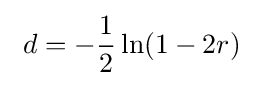
\ d=-{\frac {1}{2}}\ln(1-2r)